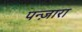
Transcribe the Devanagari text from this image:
पन्ज़ारा